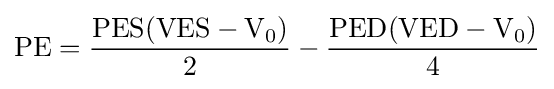
{\text{PE}}={\frac {{\text{PES}}({\text{VES}}-{\text{V}}_{0})}{2}}-{\frac {{\text{PED}}({\text{VED}}-{\text{V}}_{0})}{4}}